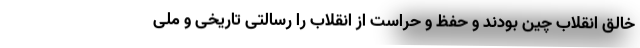
خالق انقلاب چین بودند و حفظ و حراست از انقلاب را رسالتی تاریخی و ملی